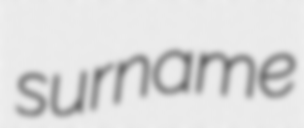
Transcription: surname